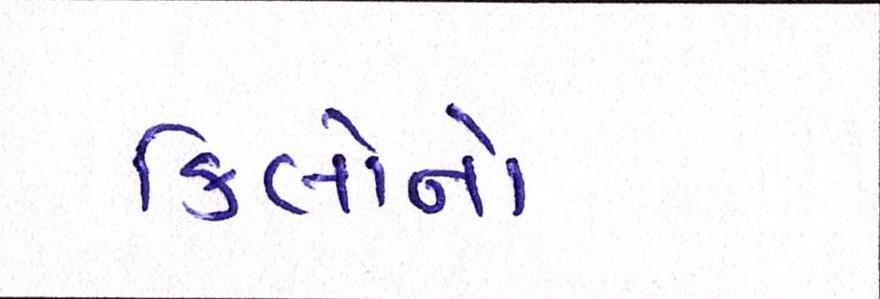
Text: કિલોનો